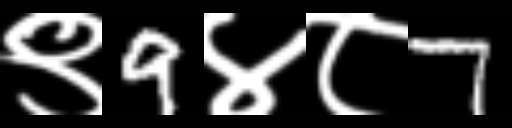
Text: ९9४८7